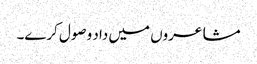
مشاعروں میں داد وصول کرے۔